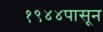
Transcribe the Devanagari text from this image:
१९४४पासून